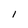
Character: 1